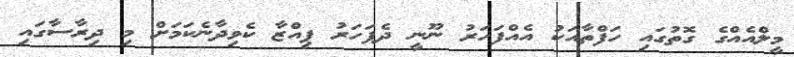
މީލްއެއްގެ ގޮތުގައި ހަފްތާއަކު އެއްފަހަރު ނޫނީ ދެފަހަރު ޕިއްޒާ ކެވިދާނެކަމަށް މި ދިރާސާގައި